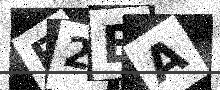
Text: R2EA